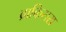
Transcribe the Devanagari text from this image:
ब्राकिसरा